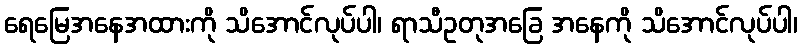
ရေမြေအနေအထားကို သိအောင်လုပ်ပါ၊ ရာသီဥတုအခြေ အနေကို သိအောင်လုပ်ပါ၊